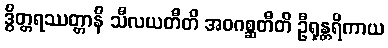
ဒွိတ္တရဿတ္တာနိ သီလယတီတိ အဝဂစ္ဆတီတိ ဦရုန္တရိကာယ